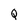
Character: Q